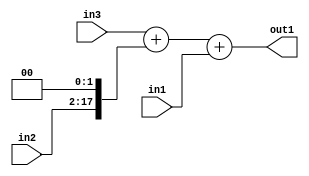
`timescale 1ps / 1ps
/*****************************************************************************
    Verilog RTL Description
    
    
    Created by: Stratus DpOpt 2019.1.01 
*******************************************************************************/

module bn_addr_gen_Add3u16Cati0u16u32_1 (
	in3,
	in2,
	in1,
	out1
	); /* architecture "behavioural" */ 
input [31:0] in3;
input [15:0] in2,
	in1;
output [31:0] out1;
wire [31:0] asc001;
wire [17:0] asc002;

assign asc002 = {in2,2'B00};

wire [31:0] asc001_tmp_0;
assign asc001_tmp_0 = 
	+(in3)
	+(asc002);
assign asc001 = asc001_tmp_0
	+(in1);

assign out1 = asc001;
endmodule

/* CADENCE  uLX2Qgk= : u9/ySgnWtBlWxVPRXgAZ4Og= ** DO NOT EDIT THIS LINE ******/